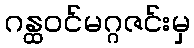
ဂန္ထဝင်မဂ္ဂဇင်းမှ